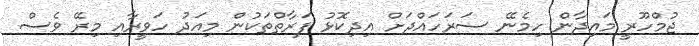
ޖުމްހޫރީ މައިދާން ހިމެނޭ ސަރަހައްދަށް އިދިކޮޅު ފަރާތްތަކުން މިއަދު ހަވީރާއި މިރޭ ވެސް